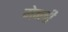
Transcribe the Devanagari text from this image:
मेन्ली